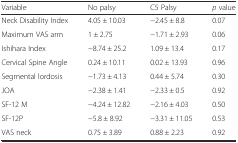
<table><thead><tr><td><b>Variable</b></td><td><b>No palsy</b></td><td><b>C5 Palsy</b></td><td><b><i>p</i> value</b></td></tr></thead><tbody><tr><td>Neck Disability Index</td><td>4.05 ± 10.03</td><td>−2.45 ± 8.8</td><td>0.07</td></tr><tr><td>Maximum VAS arm</td><td>1 ± 2.75</td><td>−1.71 ± 2.93</td><td>0.06</td></tr><tr><td>Ishihara Index</td><td>−8.74 ± 25.2</td><td>1.09 ± 13.4</td><td>0.17</td></tr><tr><td>Cervical Spine Angle</td><td>0.24 ± 10.11</td><td>0.02 ± 13.93</td><td>0.96</td></tr><tr><td>Segmental lordosis</td><td>−1.73 ± 4.13</td><td>0.44 ± 5.74</td><td>0.30</td></tr><tr><td>JOA</td><td>−2.38 ± 1.41</td><td>−2.33 ± 0.5</td><td>0.92</td></tr><tr><td>SF-12 M</td><td>−4.24 ± 12.82</td><td>−2.16 ± 4.03</td><td>0.50</td></tr><tr><td>SF-12P</td><td>−5.8 ± 8.92</td><td>−3.31 ± 11.05</td><td>0.53</td></tr><tr><td>VAS neck</td><td>0.75 ± 3.89</td><td>0.88 ± 2.23</td><td>0.92</td></tr></tbody></table>